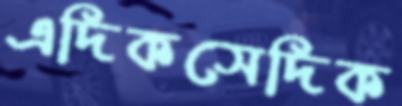
এদিকসেদিক